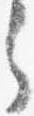
々